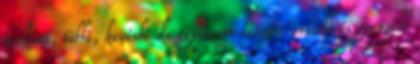
farkast, többé, kevésbé de egyszerre lettem erősebb és gyengébb